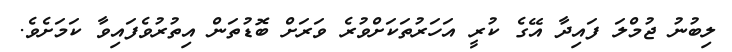
ލިބުނު ޖުމްލަ ފައިދާ އޭގެ ކުރީ އަހަރުތަކަށްވުރެ ވަރަށް ބޮޑުތަން އިތުރުވެފައިވާ ކަމަށެވެ.